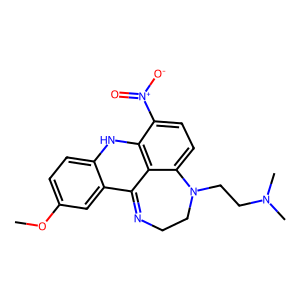
SMILES: COc1ccc2c(c1)C1=NCCN(CCN(C)C)c3ccc([N+](=O)[O-])c(c31)N2
Inhibits HIV replication: No